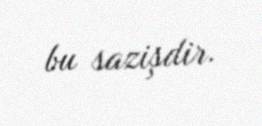
bu sazişdir.